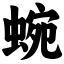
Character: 蜿